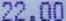
22.00